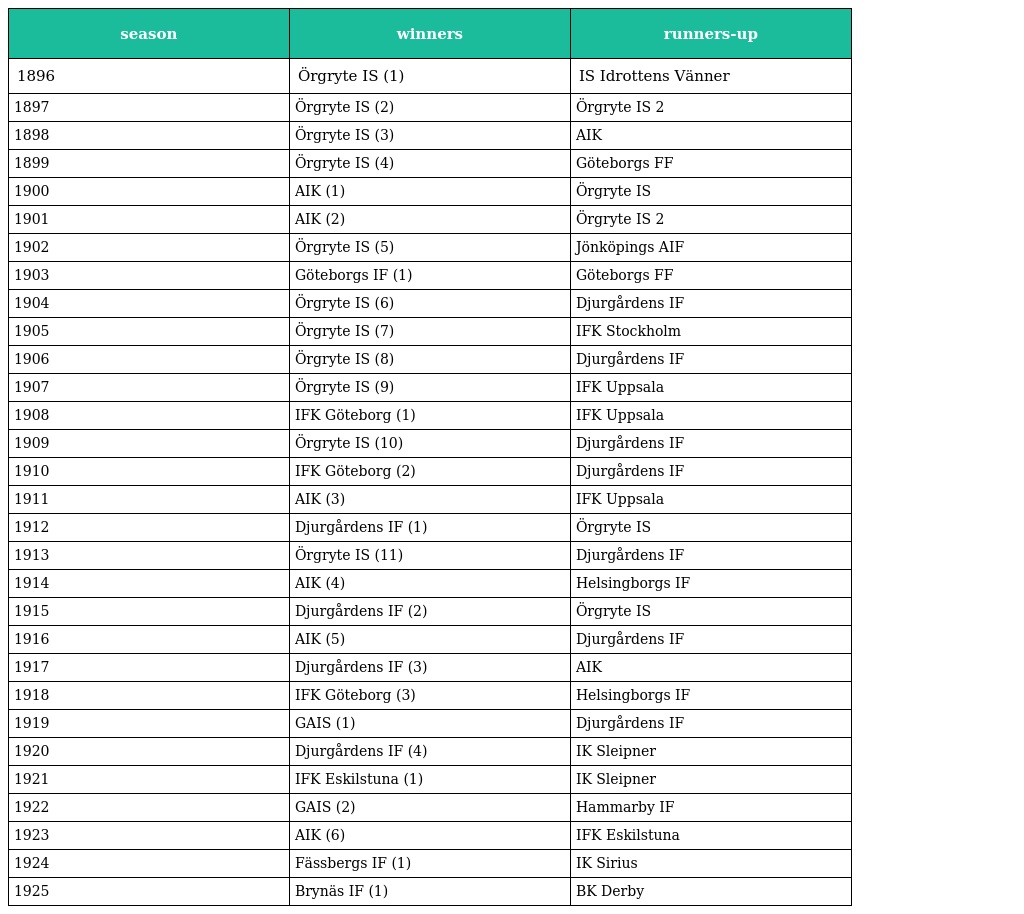
| season | winners | runners-up |
 | --- | --- | --- |
 | 1896 | Örgryte IS (1) | IS Idrottens Vänner |
 | 1897 | Örgryte IS (2) | Örgryte IS 2 |
 | 1898 | Örgryte IS (3) | AIK |
 | 1899 | Örgryte IS (4) | Göteborgs FF |
 | 1900 | AIK (1) | Örgryte IS |
 | 1901 | AIK (2) | Örgryte IS 2 |
 | 1902 | Örgryte IS (5) | Jönköpings AIF |
 | 1903 | Göteborgs IF (1) | Göteborgs FF |
 | 1904 | Örgryte IS (6) | Djurgårdens IF |
 | 1905 | Örgryte IS (7) | IFK Stockholm |
 | 1906 | Örgryte IS (8) | Djurgårdens IF |
 | 1907 | Örgryte IS (9) | IFK Uppsala |
 | 1908 | IFK Göteborg (1) | IFK Uppsala |
 | 1909 | Örgryte IS (10) | Djurgårdens IF |
 | 1910 | IFK Göteborg (2) | Djurgårdens IF |
 | 1911 | AIK (3) | IFK Uppsala |
 | 1912 | Djurgårdens IF (1) | Örgryte IS |
 | 1913 | Örgryte IS (11) | Djurgårdens IF |
 | 1914 | AIK (4) | Helsingborgs IF |
 | 1915 | Djurgårdens IF (2) | Örgryte IS |
 | 1916 | AIK (5) | Djurgårdens IF |
 | 1917 | Djurgårdens IF (3) | AIK |
 | 1918 | IFK Göteborg (3) | Helsingborgs IF |
 | 1919 | GAIS (1) | Djurgårdens IF |
 | 1920 | Djurgårdens IF (4) | IK Sleipner |
 | 1921 | IFK Eskilstuna (1) | IK Sleipner |
 | 1922 | GAIS (2) | Hammarby IF |
 | 1923 | AIK (6) | IFK Eskilstuna |
 | 1924 | Fässbergs IF (1) | IK Sirius |
 | 1925 | Brynäs IF (1) | BK Derby |